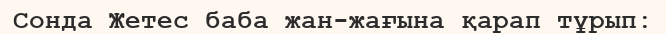
Сонда Жетес баба жан-жағына қарап тұрып: